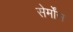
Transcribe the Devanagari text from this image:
सेर्मोंस